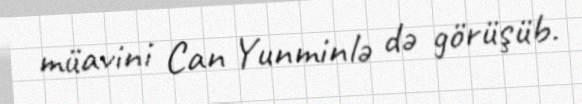
müavini Can Yunminlə də görüşüb.